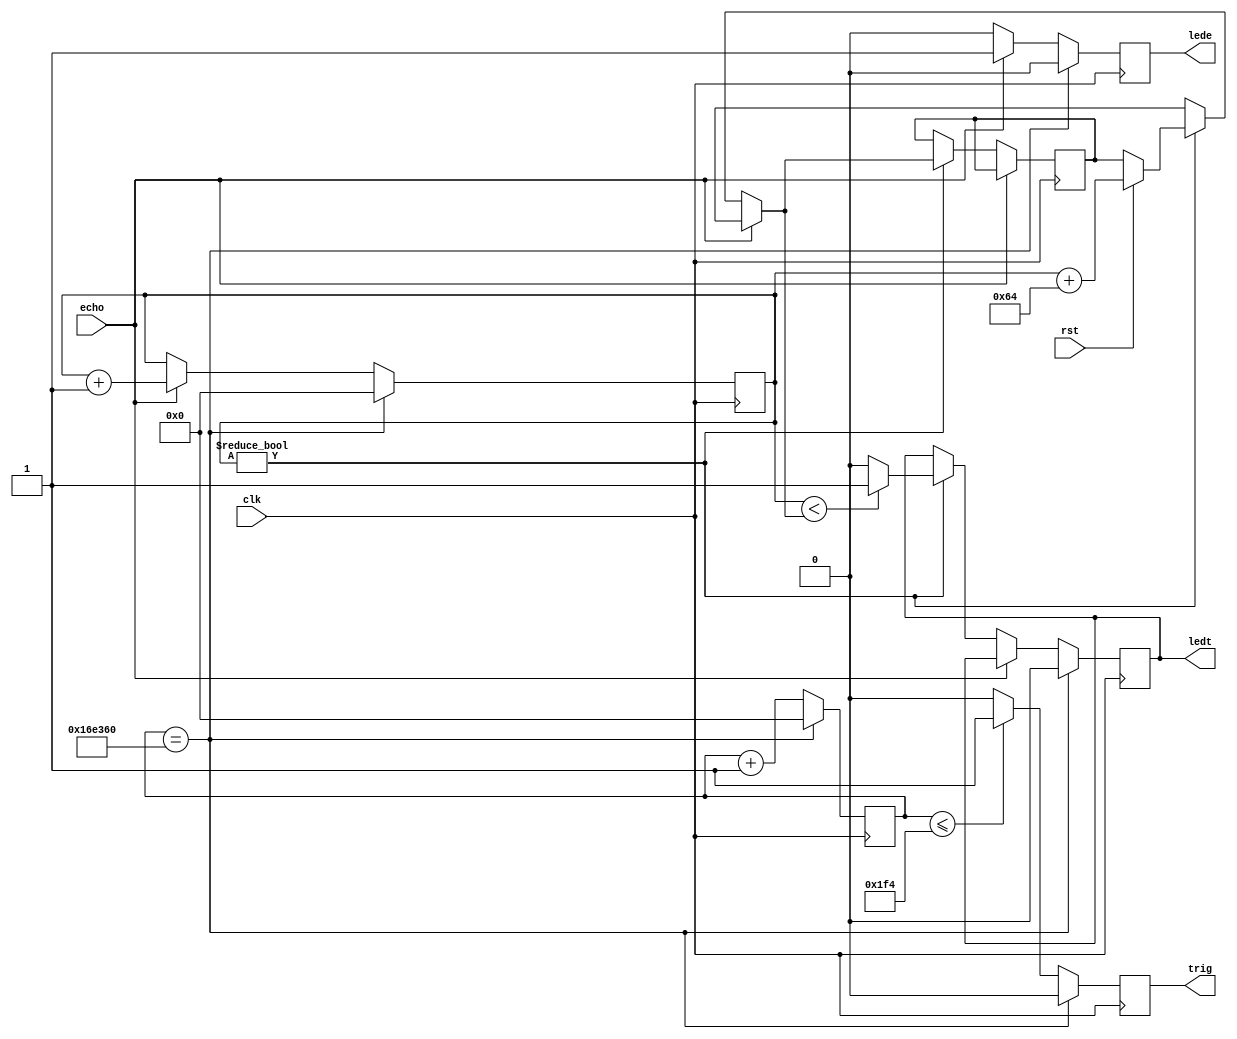
`timescale 1ns / 1ps
//////////////////////////////////////////////////////////////////////////////////
// Company: 
// Engineer: 
// 
// Design Name: 
// Module Name:    pinger 
// Project Name: 
// Target Devices: 
// Tool versions: 
// Description: 
//
// Dependencies: 
//
// Revision: 
// Revision 0.01 - File Created
// Additional Comments: 
//
//////////////////////////////////////////////////////////////////////////////////
module pinger(
	 input clk,
	 input rst, 
	 output trig,
	 input echo,
	 output ledt, 
	 output lede
    );

	reg [32:0] counter = 32'b0;
	reg [32:0] counter_echo = 32'b0;
	reg [32:0] distance = 36000;
	
	reg trig_ = 1'b0; 
	reg tsig = 1'b0; 
	reg esig = 1'b0; 
	
	assign lede = esig; 
	assign ledt = tsig;
	assign trig = trig_; 

	always @(posedge clk) begin
	
		if(counter <= 500) 
			trig_ <= 1'b1;
		else 
			trig_ <= 1'b0;
		
		if(echo) begin
			esig <= 1'b1;
			counter_echo <= counter_echo + 1; 
		end
		else begin
			esig <= 1'b0;
			if(counter_echo) begin
				if(rst) 
					distance = (counter_echo + 100);
					
				if( counter_echo < distance )
					tsig <= 1'b1;
				else 
					tsig <= 1'b0;
			end
			
		end

		if(counter == (3000000) / 2) begin 
			trig_ <= 1'b0;
			esig <= 1'b0;
			tsig <= 1'b0;
			counter <= 1'b0;
			counter_echo <= 1'b0; 
		end
		else 
			counter <= counter + 1; 
					
	end
	
endmodule